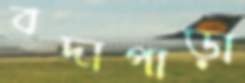
বদাপাড়া